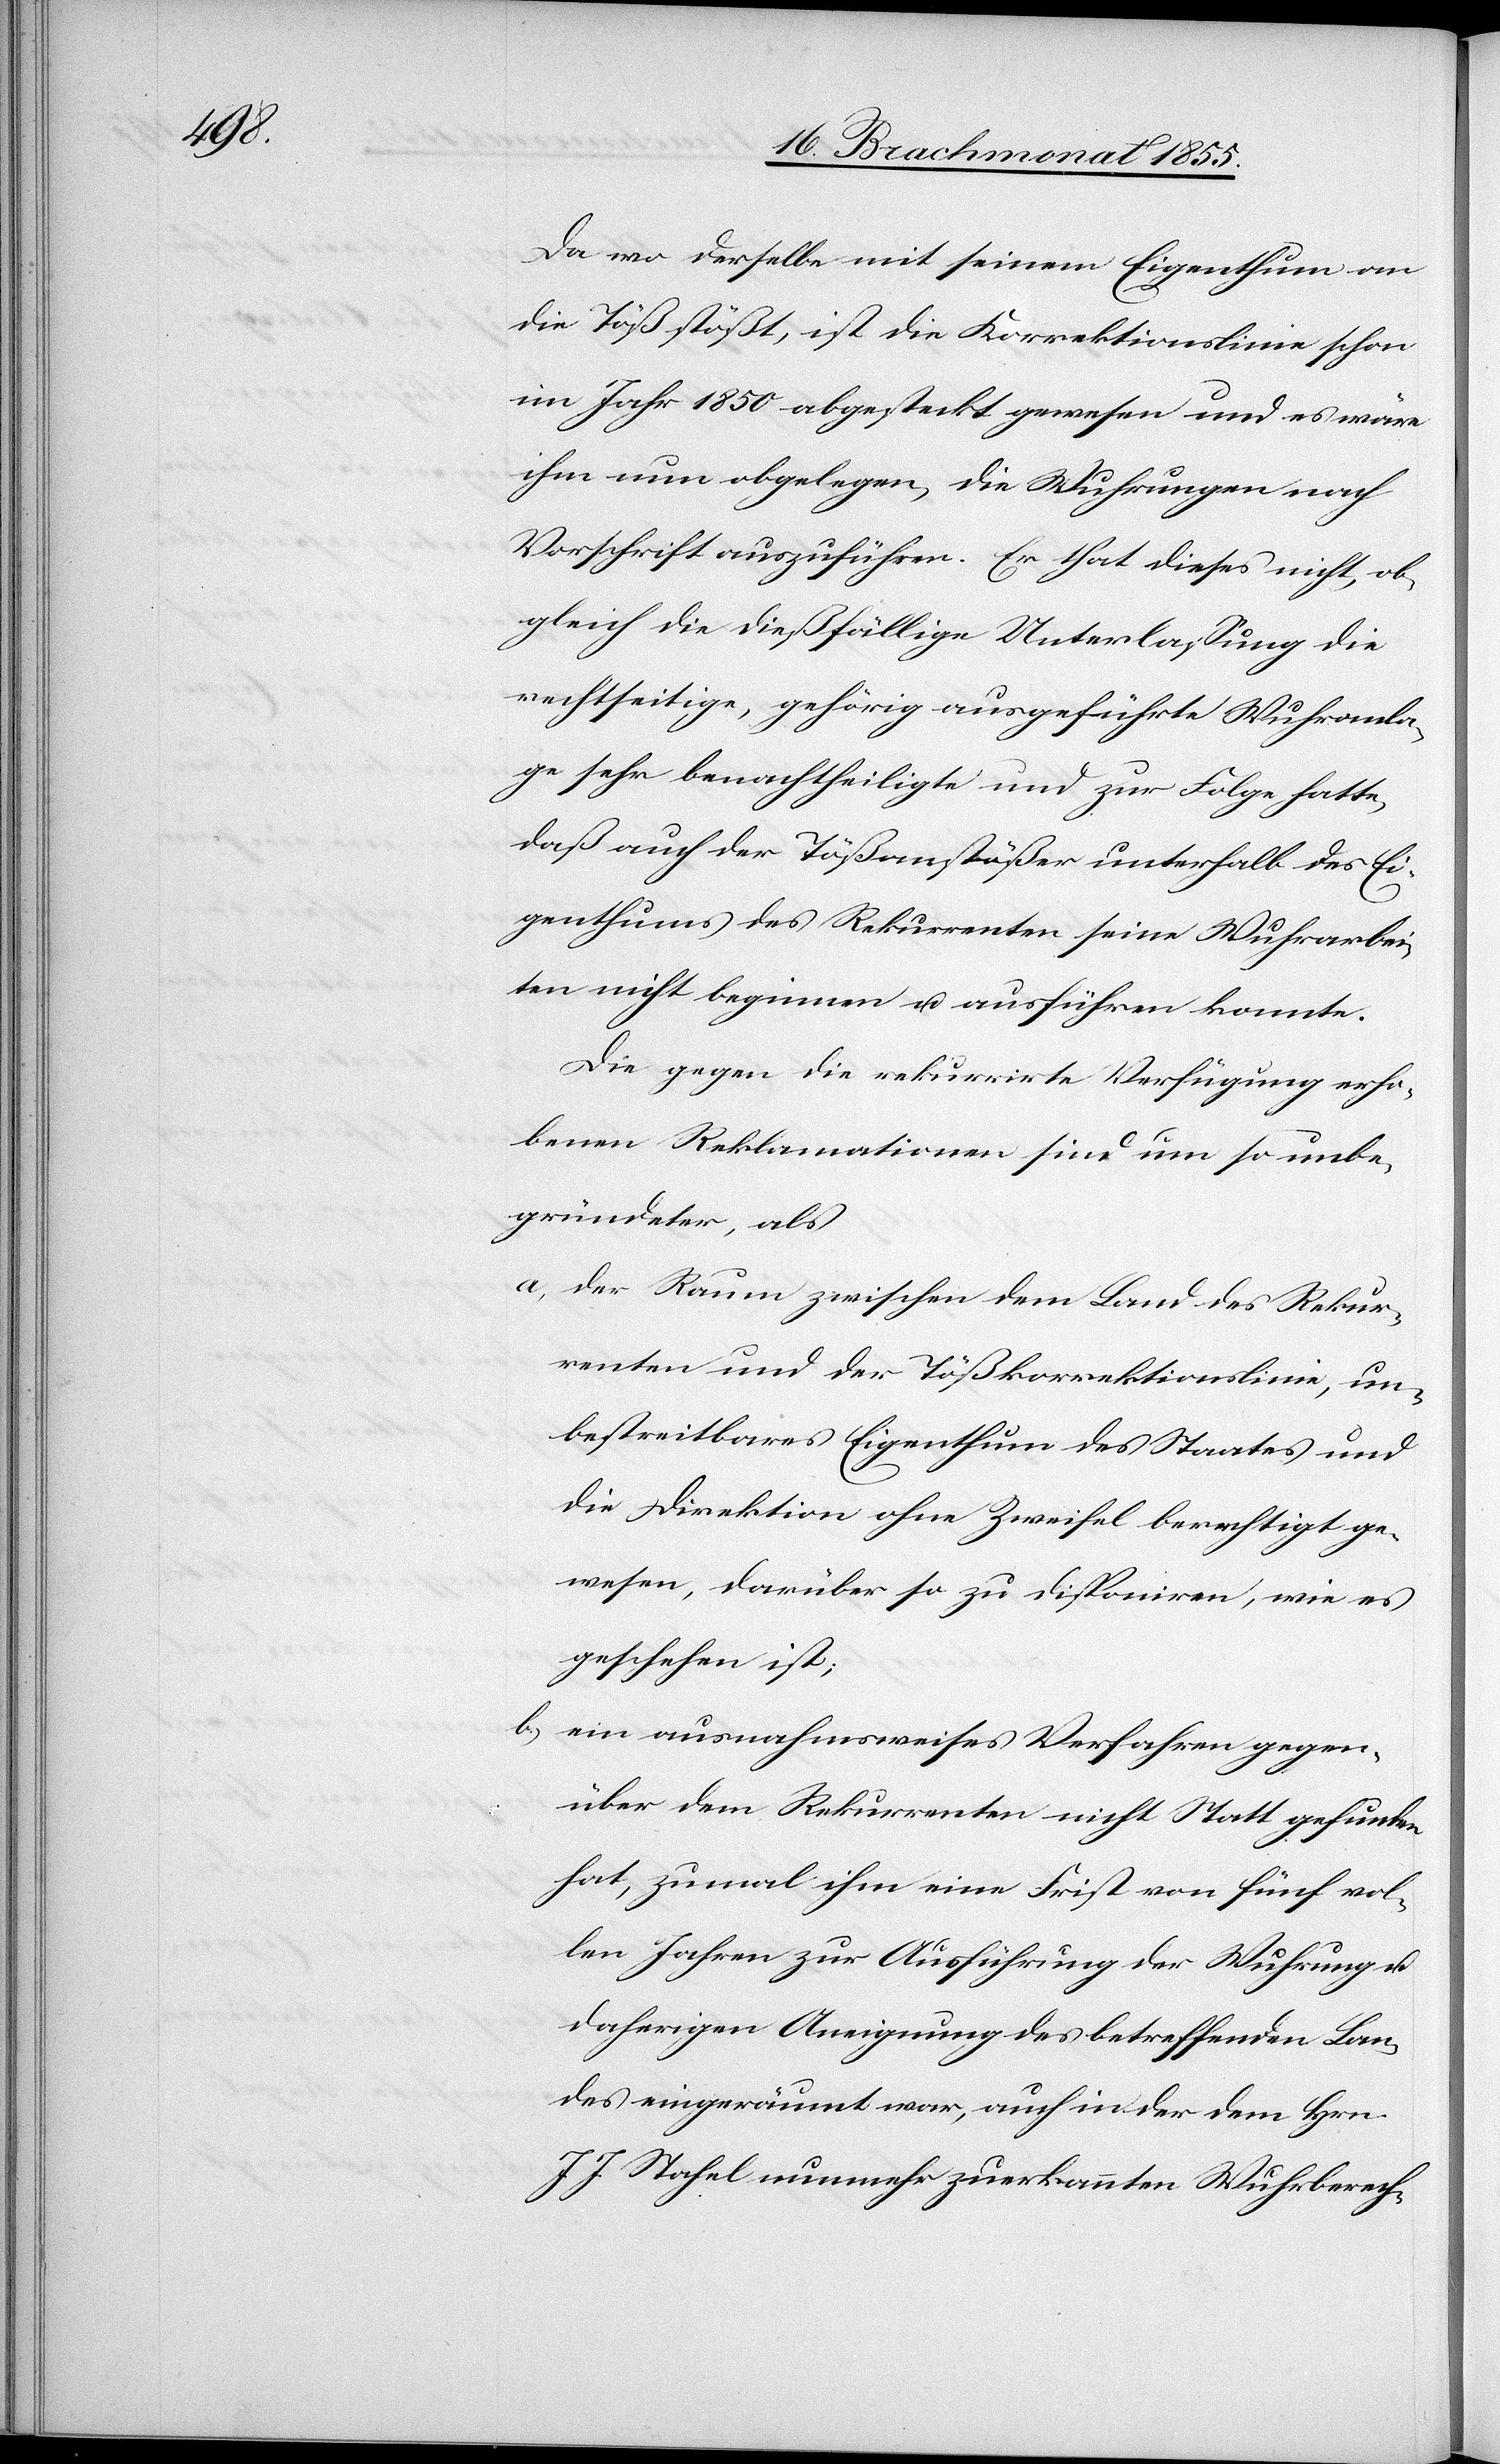
Da wo derselbe mit seinem Eigenthum an
die Töß stößt, ist die Korrektionslinie schon
im Jahr 1850 abgesteckt gewesen und es wäre
ihm nun obgelegen, die Wuhrungen nach
Vorschrift auszuführen. Er that dieses nicht, ob¬
gleich die dießfällige Unterlassung die
rechtseitige, gehörig ausgeführte Wuhranla¬
ge sehr benachtheiligte und zur Folge hatte,
daß auch der Tößanstößer unterhalb des Ei¬
genthums des Rekurrenten seine Wuhrarbei¬
ten nicht beginnen u. ausführen konnte.
Die gegen die rekurrirte Verfügung erho¬
benen Reklamationen sind um so unbe¬
gründeter, als
der Raum zwischen dem Land des Rekur¬
renten und der Tößkorrektionslinie, un¬
bestreitbares Eigenthum des Staates und
die Direktion ohne Zweifel berechtigt ge¬
wesen, darüber so zu disponiren, wie es
geschehen ist;
ein ausnahmsweises Verfahren gegen¬
über dem Rekurrenten nicht Statt gefunden
hat, zumal ihm eine Frist von fünf vol¬
len Jahren zur Ausführung der Wuhrung u.
daherigen Aneignung des betreffenden Lan¬
des eingeräumt war, auch in der dem Hrn.
J. J. Stahel nunmehr zuerkannten Wuhrberech-